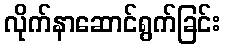
လိုက်နာဆောင်ရွက်ခြင်း